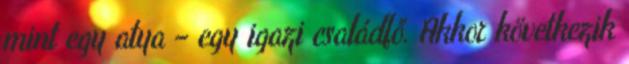
mint egy atya – egy igazi családfő. Akkor következik